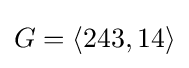
G=\langle 243,14\rangle